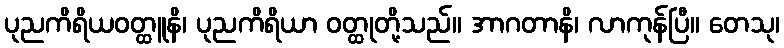
ပုညကိရိယဝတ္ထူနိ၊ ပုညကိရိယာ ဝတ္ထုတို့သည်။ အာဂတာနိ၊ လာကုန်ပြီ။ တေသု၊